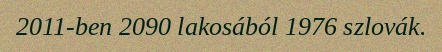
2011-ben 2090 lakosából 1976 szlovák.